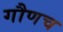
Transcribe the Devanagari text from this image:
गौणच